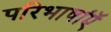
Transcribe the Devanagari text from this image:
परिभाषाऍं